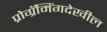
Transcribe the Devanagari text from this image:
प्रोग्रॅमिंगदेखील